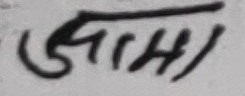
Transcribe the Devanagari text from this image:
जुनाहा)